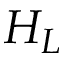
H _ { L }